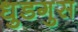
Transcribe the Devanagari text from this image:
धुडगुस